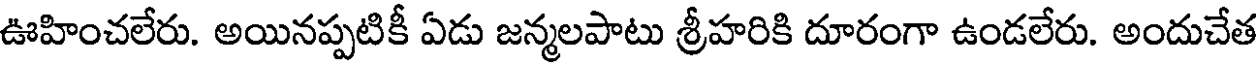
ఊహించలేరు. అయినప్పటికీ ఏడు జన్మలపాటు శ్రీహరికి దూరంగా ఉండలేరు. అందుచేత